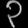
Digit: ၃